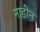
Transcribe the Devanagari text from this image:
नाडीन